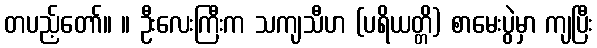
တပည့်တော်။ ။ ဦးလေးကြီးက သကျသီဟ (ပရိယတ္တိ) စာမေးပွဲမှာ ကျပြီး